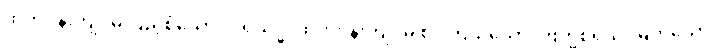
ထက်ဝန်းကျင်မှ ပြည့်စုံသော။ ပရိသုဒ္ဓံ၊ ထက်ဝန်းကျင်မှ စင်ကြယ်သော။ ဗြဟ္မစရိယံ၊ မြတ်သော